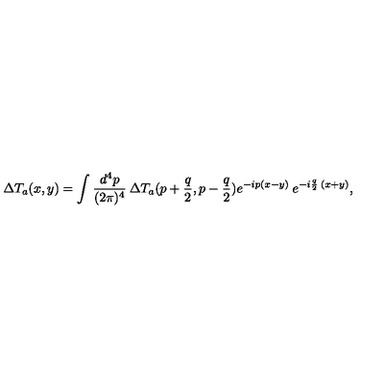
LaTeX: \Delta T _ { a } ( x , y ) = \int \frac { d ^ { 4 } p } { ( 2 \pi ) ^ { 4 } } \: \Delta T _ { a } ( p + \frac { q } { 2 } , p - \frac { q } { 2 } ) e ^ { - i p ( x - y ) } \: e ^ { - i \frac { q } { 2 } \: ( x + y ) } ,